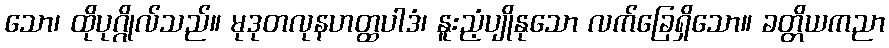
သော၊ ထိုပုဂ္ဂိုလ်သည်။ မုဒုတလုနဟတ္ထပါဒံ၊ နူးညံ့ပျိုနုသော လက်ခြေရှိသော။ ခတ္တိယကညာ